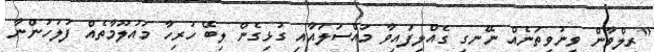
"ރިލްވާން ވީނުވީތަނެއް ނޭނގި ގެއްލިފައިވާ މައްސަލައާއި ގުޅިގެން ލިބޭ ހުރިހާ މައުލޫމާތެއް ފުލުހުންނާ